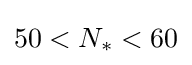
50<N_{\ast }<60